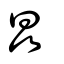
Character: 晶